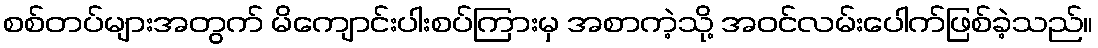
စစ်တပ်များအတွက် မိကျောင်းပါးစပ်ကြားမှ အစာကဲ့သို့ အဝင်လမ်းပေါက်ဖြစ်ခဲ့သည်။